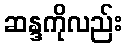
ဆန္ဒကိုလည်း